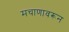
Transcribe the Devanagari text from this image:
मचाणावरून